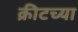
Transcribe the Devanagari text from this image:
क्रीटच्या